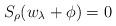
LaTeX: \begin{align*}S_{\rho}(w_{\lambda}+\phi)=0\end{align*}